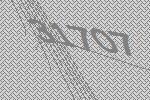
31707